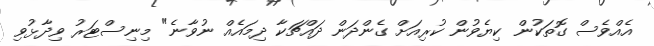
އެއްވެސް ގޮތަކުން ކިޔެވުން ކުރިއަށް ގެންދަން ދައްޗަކާ ދިމައެއް ނުވާނެ" މިނިސްޓަރު ވިދާޅުވި